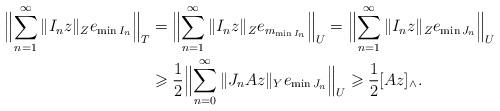
LaTeX: \begin{align*} \Bigl\|\sum_{n=1}^\infty \|I_nz\|_Z e_{\min I_n}\Bigr\|_T & = \Bigl\|\sum_{n=1}^\infty \|I_nz\|_Z e_{m_{\min I_n}}\Bigr\|_U = \Bigl\|\sum_{n=1}^\infty \|I_nz\|_Z e_{\min J_n}\Bigr\|_U \\ & \geqslant \frac12 \Bigl\|\sum_{n=0}^\infty \|J_nAz\|_Y e_{\min J_n}\Bigr\|_U \geqslant \frac12 [Az]_\wedge. \end{align*}